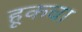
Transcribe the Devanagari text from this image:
हूकचा